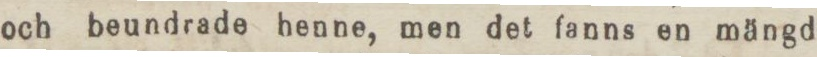
och beundrade henne, men det fanns en mängd